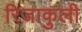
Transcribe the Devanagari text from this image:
रिजाकुली